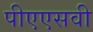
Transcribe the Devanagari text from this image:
पीएएसवी